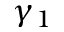
\gamma _ { 1 }